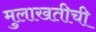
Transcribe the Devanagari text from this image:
मुलाखतीची